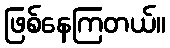
ဖြစ်နေကြတယ်။